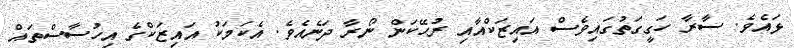
ޅައެވެ. ސާރާ ހަގީގަތުގައިވެސް އައިޒަކްއާއި ރުހޭކަން ނޯރާ ދަނެއެވެ. އެކަމަކު އައިޒަކްގެ އިހުސާސްތައް